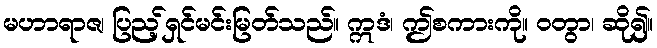
မဟာရာဇ၊ ပြည့်ရှင်မင်းမြတ်သည်။ ဣဒံ၊ ဤစကားကို။ ဝတွာ၊ ဆို၍။